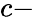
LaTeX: c-